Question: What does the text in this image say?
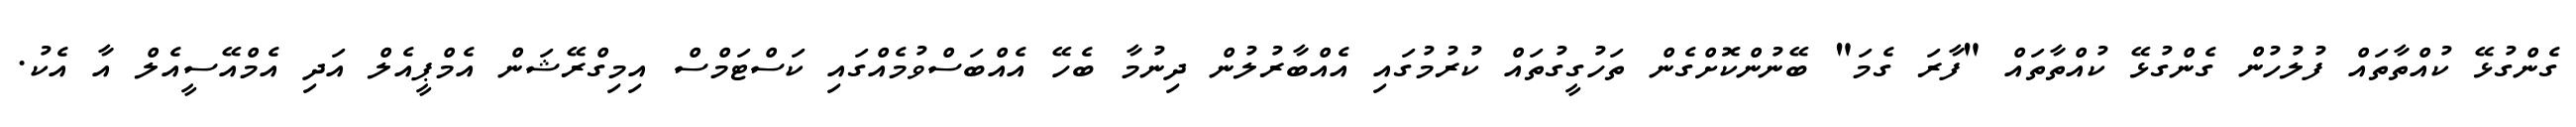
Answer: ގެންގުޅޭ ކުއްތާތައް ފުލުހުން ގެންގުޅޭ ކުއްތާތައް "ފާރަ ގެމަ" ބޭނުންކޮށްގެން ތަހުގީގުތައް ކުރުމުގައި އެއްބާރުލުން ދިނުމާ ބެހޭ އެއްބަސްވުމެއްގައި ކަސްޓަމްސް އިމިގްރޭޝަން އެމްޕީއެލް އަދި އެމްއޭސީއެލް އާ އެކު.